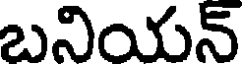
బనియన్